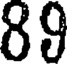
89